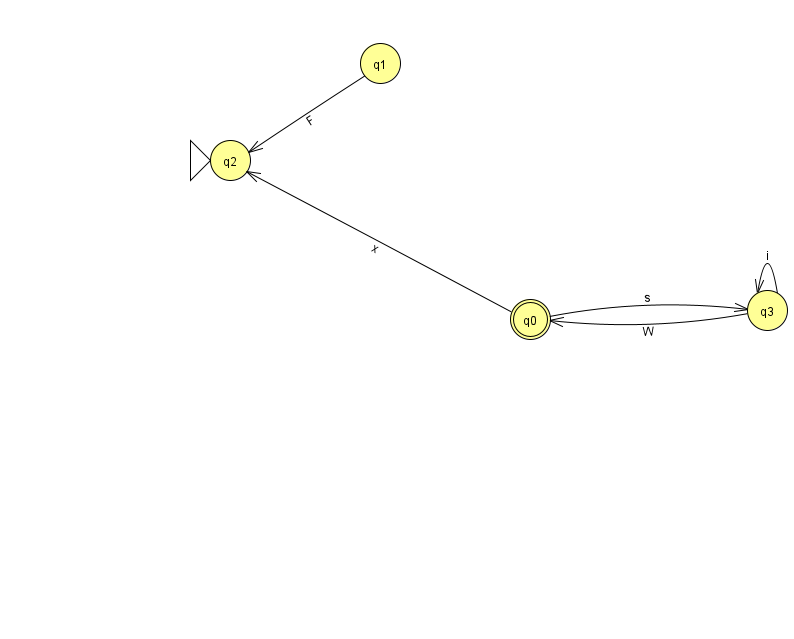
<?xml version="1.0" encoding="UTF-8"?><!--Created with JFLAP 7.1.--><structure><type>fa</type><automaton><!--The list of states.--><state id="0" name="q0"><x>530.0</x><y>306.0</y><final/></state><state id="1" name="q1"><x>380.0</x><y>50.0</y></state><state id="2" name="q2"><x>230.0</x><y>147.0</y><initial/></state><state id="3" name="q3"><x>767.0</x><y>297.0</y></state><!--The list of transitions.--><transition><from>3</from><to>0</to><read>W</read></transition><transition><from>3</from><to>3</to><read>i</read></transition><transition><from>1</from><to>2</to><read>F</read></transition><transition><from>0</from><to>3</to><read>s</read></transition><transition><from>0</from><to>2</to><read>x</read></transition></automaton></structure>